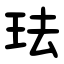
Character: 珐